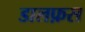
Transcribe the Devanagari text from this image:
डालफ़स